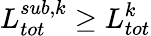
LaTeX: L_{tot}^{sub,k}\geq L_{tot}^{k}